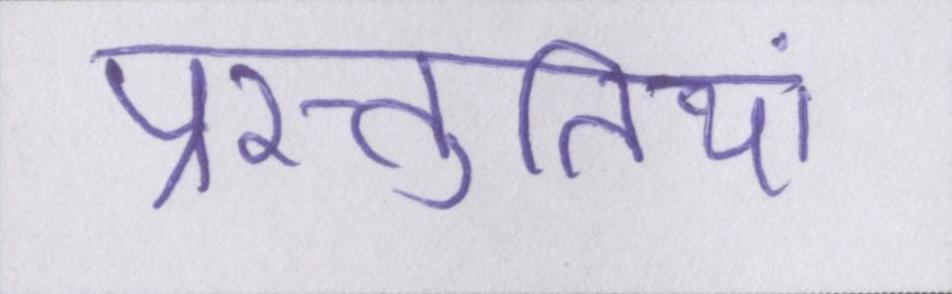
प्रस्तुतियां